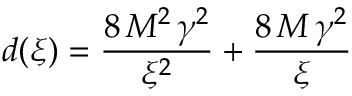
d ( \xi ) = { \frac { 8 \, { M ^ { 2 } } \, { { \gamma } ^ { 2 } } } { { { \xi } ^ { 2 } } } } + { \frac { 8 \, M \, { { \gamma } ^ { 2 } } } { \xi } }